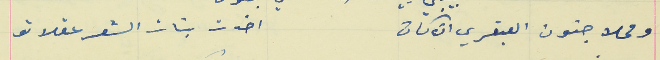
ومحلا جنون العبقري ان كان                                      اخدت بنات الشعر عقلاتو